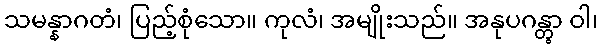
သမန္နာဂတံ၊ ပြည့်စုံသော။ ကုလံ၊ အမျိုးသည်။ အနုပဂန္တွာ ဝါ၊